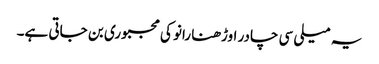
یہ میلی سی چادر اوڑھنا رانو کی مجبوری بن جاتی ہے۔